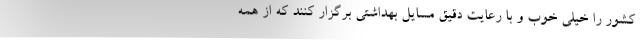
کشور را خیلی خوب و با رعایت دقیق مسایل بهداشتی برگزار کنند که از همه